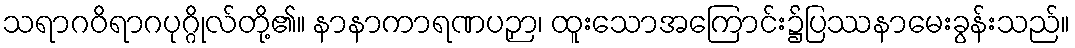
သရာဂဝိရာဂပုဂ္ဂိုလ်တို့၏။ နာနာကာရဏပဉှာ၊ ထူးသောအကြောင်း၌ပြဿနာမေးခွန်းသည်။